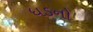
ધડનો